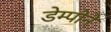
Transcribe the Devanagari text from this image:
डेम्पोने